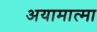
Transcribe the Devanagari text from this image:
अयामात्मा